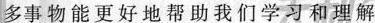
多事物能更好地帮助我们学习和理解